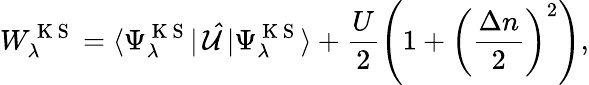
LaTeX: W_{\lambda}^{\mathrm{~K~S~}}=\langle\Psi_{\lambda}^{\mathrm{~K~S~}}|\, \mathcal{\hat{U}}\, |\Psi_{\lambda}^{\mathrm{~K~S~}}\rangle+\frac{U}{2}\left(1+\left(\frac{\Delta n}{2}\right)^{2}\right),